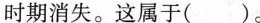
时期消失。这属于()。